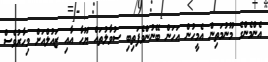
އެންމެންގެ މޫނުމަތިން އެމީހުން އަހަން ބޭނުންވެފަތިބި ސުވާލުތައް ޔޫހާ އާއި ޒައުލްއަށް މިހާރުވެސް